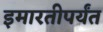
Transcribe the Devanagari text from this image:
इमारतीपर्यंत